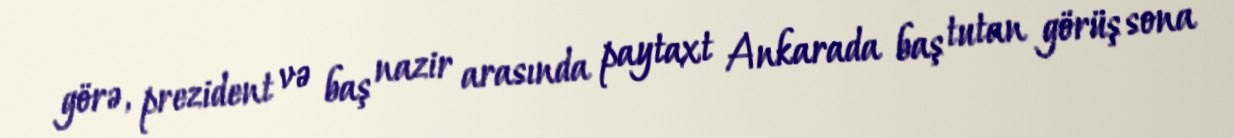
görə, prezident və baş nazir arasında paytaxt Ankarada baş tutan görüş sona